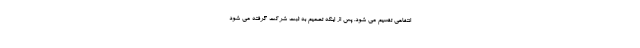
انتفاعی تقسیم می شود. پس از اینکه تصمیم به ثبت شرکت گرفته می شود